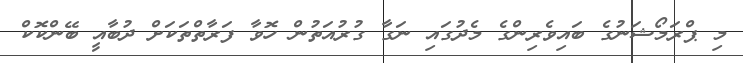
މި ޕްރަމޯޝަނުގެ ބައިވެރިންގެ މެދުގައި ނަގާ ގުރުއަތުން ހޮވާ ފަރާތްތަކަށް ދުބާއީ ބޭންކޮކް